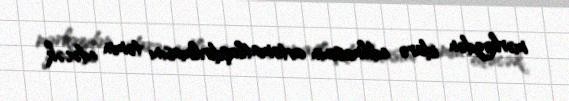
mərkəzdən idarə edilməsinin avtomatlaşdırılmasını təmin edəcək.